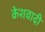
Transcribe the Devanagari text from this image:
केशवादी